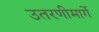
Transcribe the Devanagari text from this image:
उतरणीमार्गे